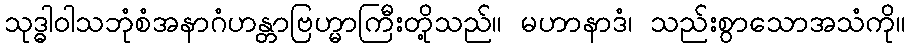
သုဒ္ဓါဝါသဘုံစံအနာဂံဟန္တာဗြဟ္မာကြီးတို့သည်။ မဟာနာဒံ၊ သည်းစွာသောအသံကို။